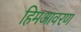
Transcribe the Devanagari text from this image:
हिमआवरण